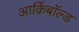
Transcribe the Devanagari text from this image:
आर्क़िबाॅल्ड